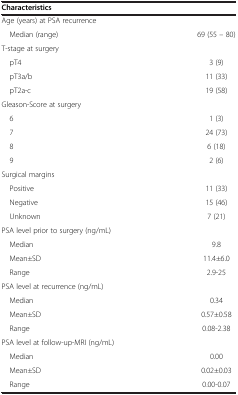
<table><thead><tr><td><b>Characteristics</b></td><td><b> </b></td></tr></thead><tbody><tr><td>Age (years) at PSA recurrence</td><td> </td></tr><tr><td> Median (range)</td><td>69 (55 – 80)</td></tr><tr><td>T-stage at surgery</td><td> </td></tr><tr><td> pT4</td><td>3 (9)</td></tr><tr><td> pT3a/b</td><td>11 (33)</td></tr><tr><td> pT2a-c</td><td>19 (58)</td></tr><tr><td>Gleason-Score at surgery</td><td> </td></tr><tr><td> 6</td><td>1 (3)</td></tr><tr><td> 7</td><td>24 (73)</td></tr><tr><td> 8</td><td>6 (18)</td></tr><tr><td> 9</td><td>2 (6)</td></tr><tr><td>Surgical margins</td><td> </td></tr><tr><td> Positive</td><td>11 (33)</td></tr><tr><td> Negative</td><td>15 (46)</td></tr><tr><td> Unknown</td><td>7 (21)</td></tr><tr><td>PSA level prior to surgery (ng/mL)</td><td> </td></tr><tr><td> Median</td><td>9.8</td></tr><tr><td> Mean±SD</td><td>11.4±6.0</td></tr><tr><td> Range</td><td>2.9-25</td></tr><tr><td>PSA level at recurrence (ng/mL)</td><td> </td></tr><tr><td> Median</td><td>0.34</td></tr><tr><td> Mean±SD</td><td>0.57±0.58</td></tr><tr><td> Range</td><td>0.08-2.38</td></tr><tr><td>PSA level at follow-up-MRI (ng/mL)</td><td> </td></tr><tr><td> Median</td><td>0.00</td></tr><tr><td> Mean±SD</td><td>0.02±0.03</td></tr><tr><td> Range</td><td>0.00-0.07</td></tr></tbody></table>